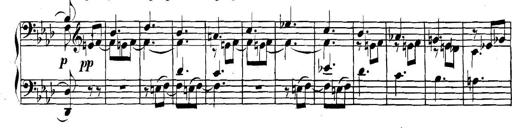
Title: Collected Piano Sonatas
Composer: Muzio Clementi